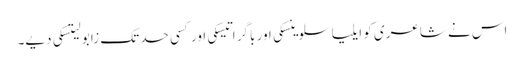
اس نے شاعری کو ایلیا سلوینسکی اور باگر اتیسکی اور کسی حد تک زابو لیتسکی دیے۔